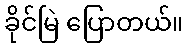
ခိုင်မြဲ ပြောတယ်။